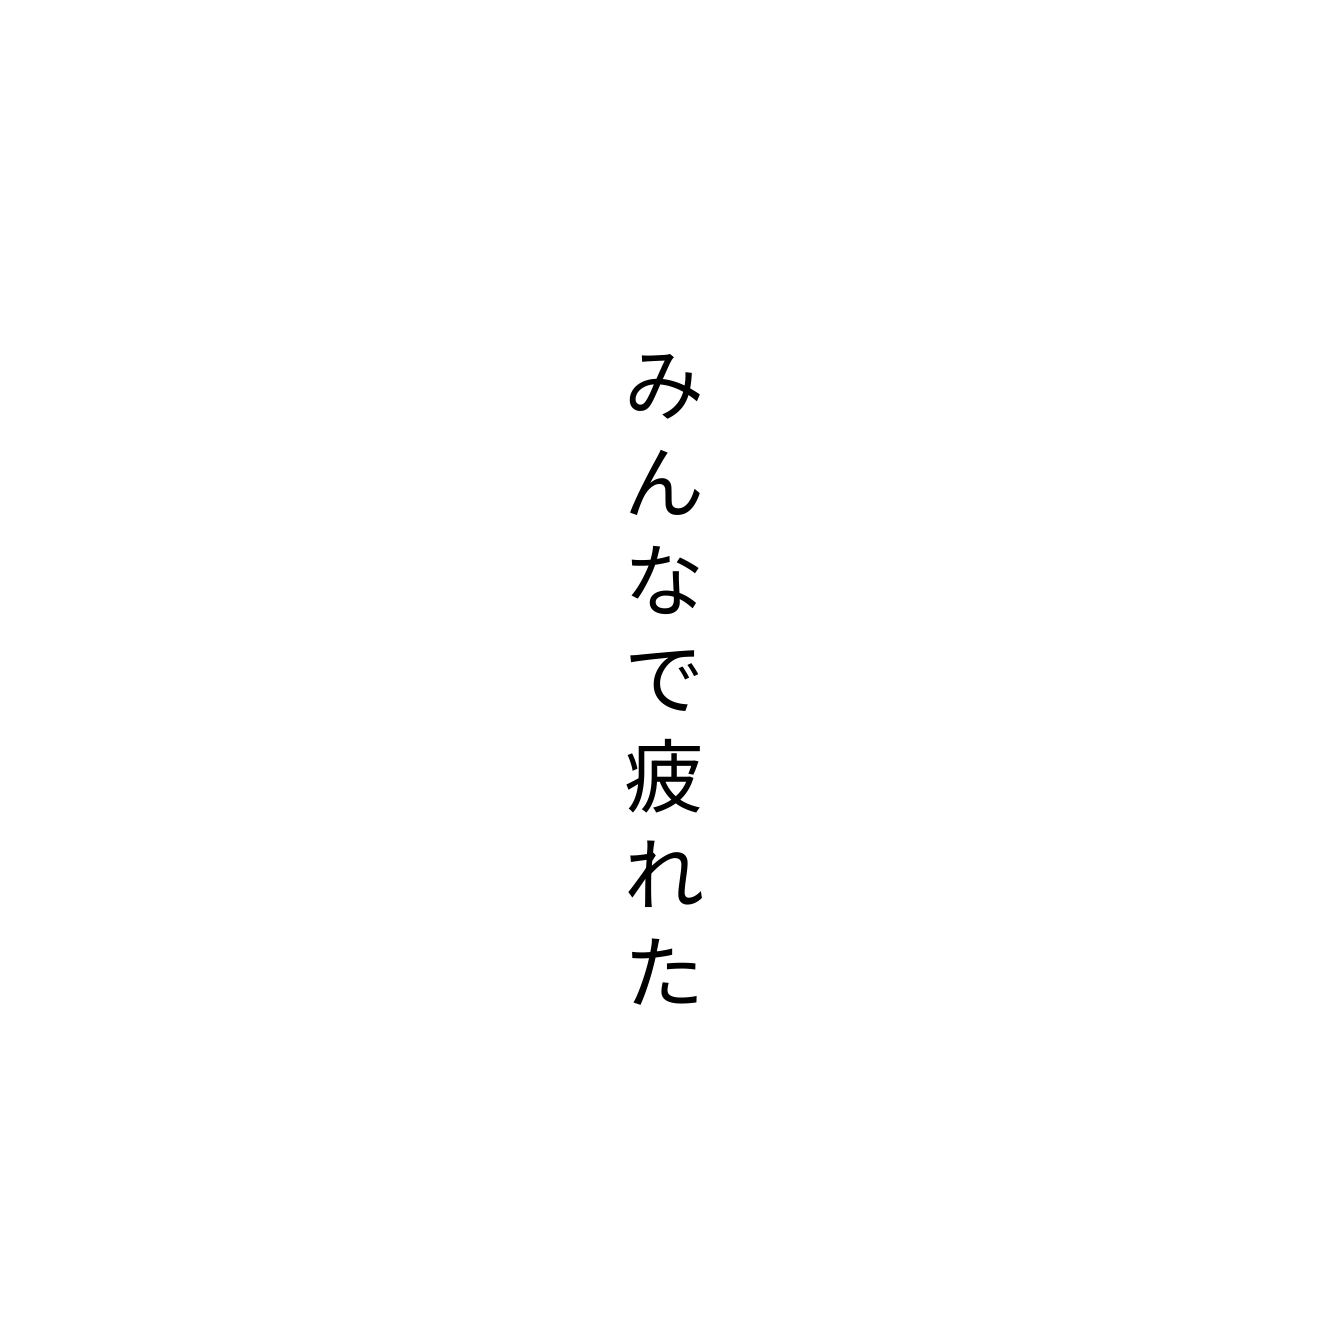
みんなで疲れた